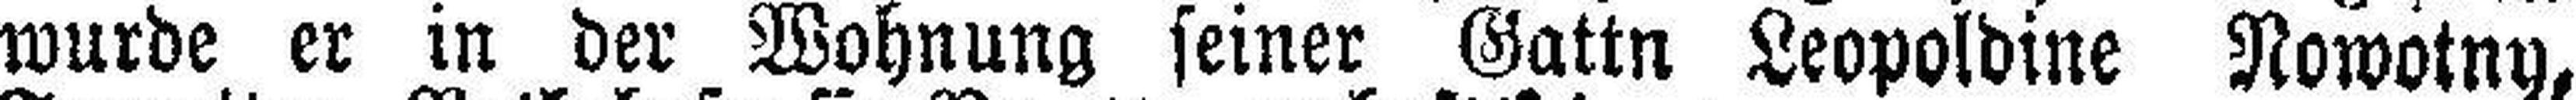
wurde er in der Wohnung seiner Gattn Leopoldine Nowotny,